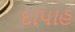
દાપાહ